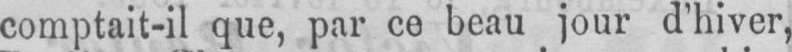
comptait-il que, par ce beau jour d’hiver,